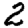
Digit: 2